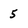
Character: 5